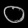
Digit: ၀